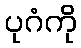
ပုဂံကို